Regulations for the medical services of the Army of India
Year: 1930
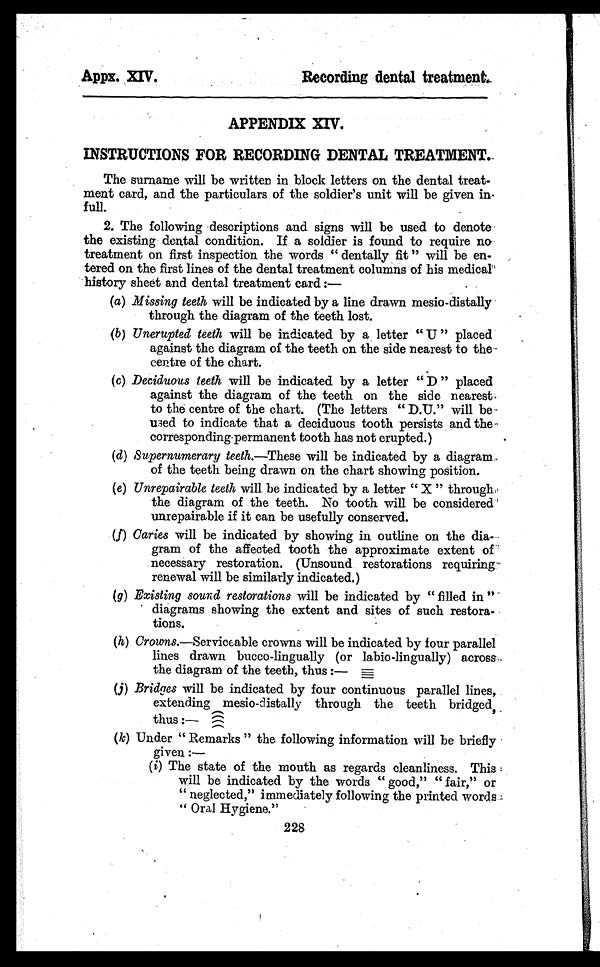
o
Appx. XIV.
Recording dental treatment.
APPENDIX XIV.
INSTRUCTIONS FOR RECORDING DENTAL TREATMENT.
The surname will be written in block letters on the dental treat-
ment card, and the particulars of the soldier's unit will be given in
full.
2. The following descriptions and signs will be used to denote
the existing dental condition. If a soldier is found to require no
treatment on first inspection the words " dentally fit " will be en-
tered on the first lines of the dental treatment columns of his medical
history sheet and dental treatment card :-
(a) Missing teeth will be indicated by a line drawn mesio-distally
through the diagram of the teeth lost.
(b) Unerupted teeth will be indicated by a letter " U " placed
against the diagram of the teeth on the side nearest to the
centre of the chart.
(c) Deciduous teeth will be indicated by a letter " D " placed
against the diagram of the teeth on the side nearest
to the centre of the chart. (The letters " D.U." will be
used to indicate that a deciduous tooth persists and the
corresponding permanent tooth has not erupted.)
(d) Supernumerary teeth.—These will be indicated by a diagram
of the teeth being drawn on the chart showing position.
(e) Unrepairable teeth will be indicated by a letter " X " through
the diagram of the teeth. No tooth will be considered
u n r e p a i r a b l e i f i t c a n b e u s e f u l l y c o n s e r v e d .
(f) Caries will be indicated by showing in outline on the dia-
gram of the affected tooth the approximate extent of
necessary restoration. (Unsound restorations requiring
renewal will be similarly indicated.)
(g) Existing sound restorations will be indicated by " filled in "
diagrams showing the extent and sites of such restora-
tions.
(h) Crowns.—Serviceable crowns will be indicated by four parallel
lines drawn bucco-lingually (or labio-lingually) across
the diagram of the teeth, thus :
—
(j) Bridges will be indicated by four continuous parallel lines,
extending mesio-distally through the teeth bridged,
thus :—
(k) Under " Remarks " the following information will be briefly
given :—
(i) The state of the mouth as regards cleanliness. This
will be indicated by the words " good," " fair," or
" neglected," immediately following the printed words
" Oral Hygiene."
228